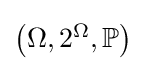
{\textstyle \left(\Omega ,2^{\Omega },\mathbb {P} \right)}